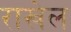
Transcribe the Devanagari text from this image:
राखेल